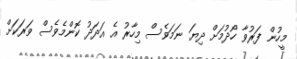
މީހުން ފަރުވާ ހޯދުމަށް ދިޔަ ނަމަވެސް މިހާރު އެ އަދަދު ކޮންމެވެސް ވަރަކަށް